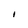
Character: I